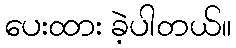
ပေးထား ခဲ့ပါတယ်။